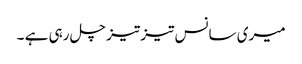
میری سانس تیز تیز چل رہی ہے ۔